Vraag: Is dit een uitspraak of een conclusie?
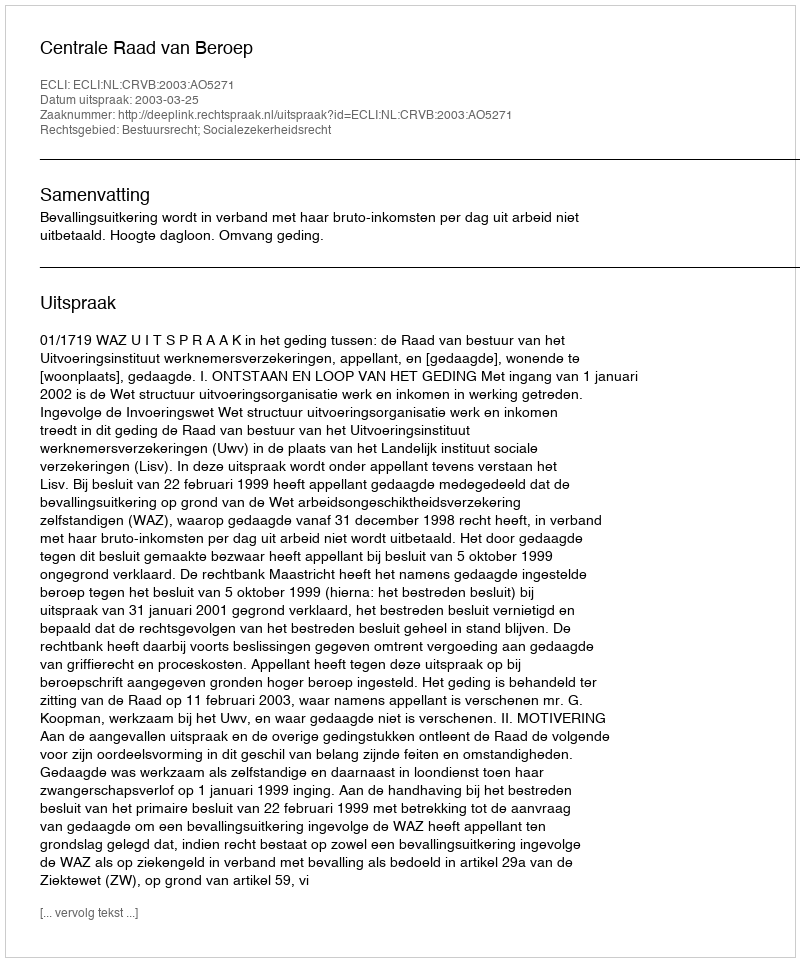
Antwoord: Uitspraak